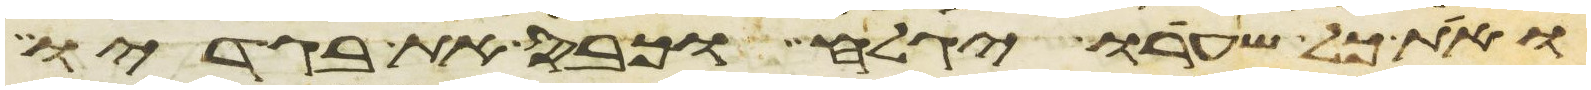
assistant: ואת כל שערו יגלח וכבס את בגדיו